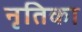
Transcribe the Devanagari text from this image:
नृतिका